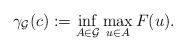
LaTeX: \begin{align*} \gamma_{\mathcal{G}}(c):=\inf_{A\in \mathcal{G}}\max_{u \in A} F(u).\end{align*}